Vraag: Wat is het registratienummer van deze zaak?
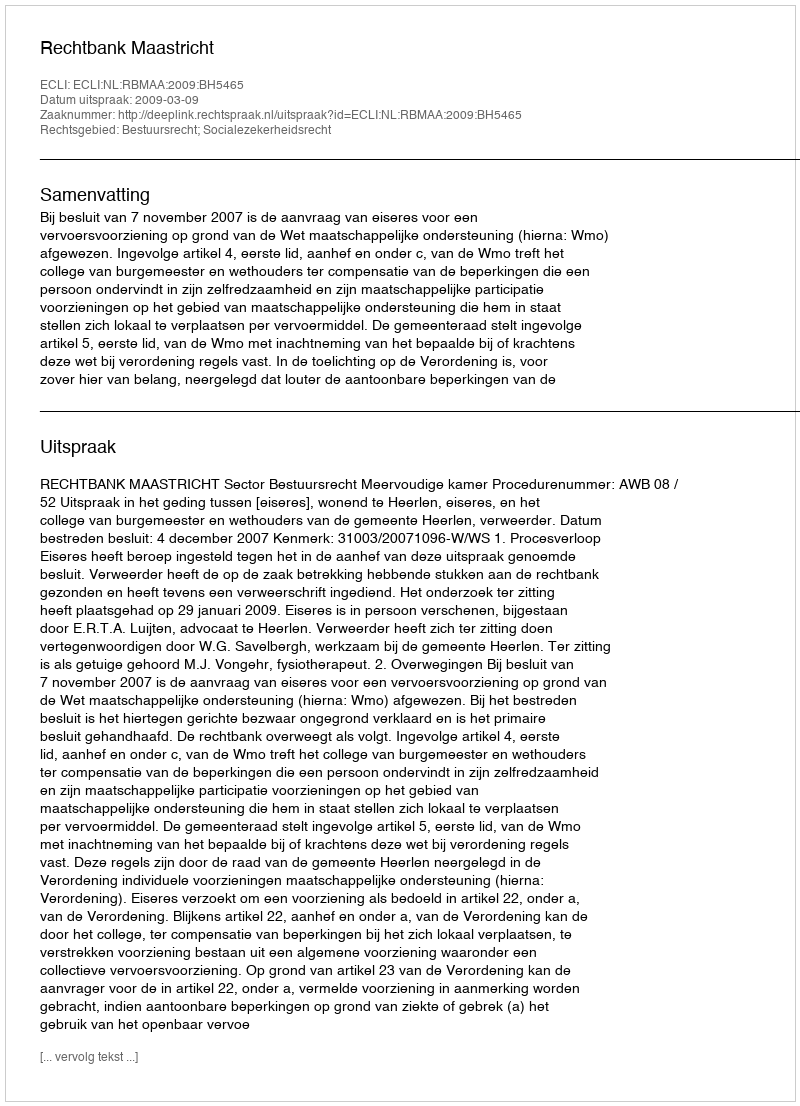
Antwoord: http://deeplink.rechtspraak.nl/uitspraak?id=ECLI:NL:RBMAA:2009:BH5465